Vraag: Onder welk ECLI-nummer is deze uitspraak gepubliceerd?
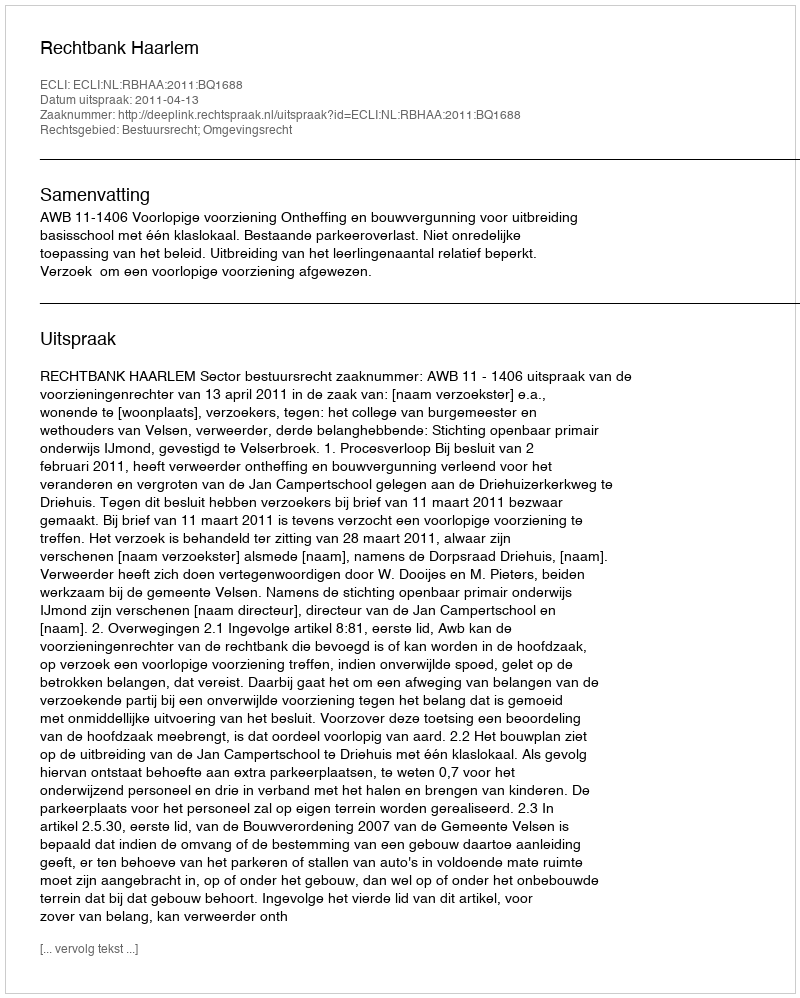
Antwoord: ECLI:NL:RBHAA:2011:BQ1688